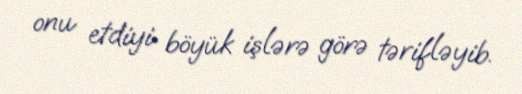
onu etdiyi böyük işlərə görə tərifləyib.